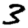
Digit: 3